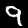
Digit: 9